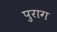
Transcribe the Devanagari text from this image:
पुराग